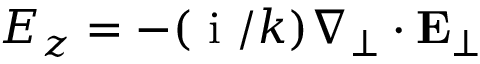
E _ { z } = - ( \mathrm { ~ i ~ } / k ) \nabla _ { \perp } \cdot \mathbf { E } _ { \perp }